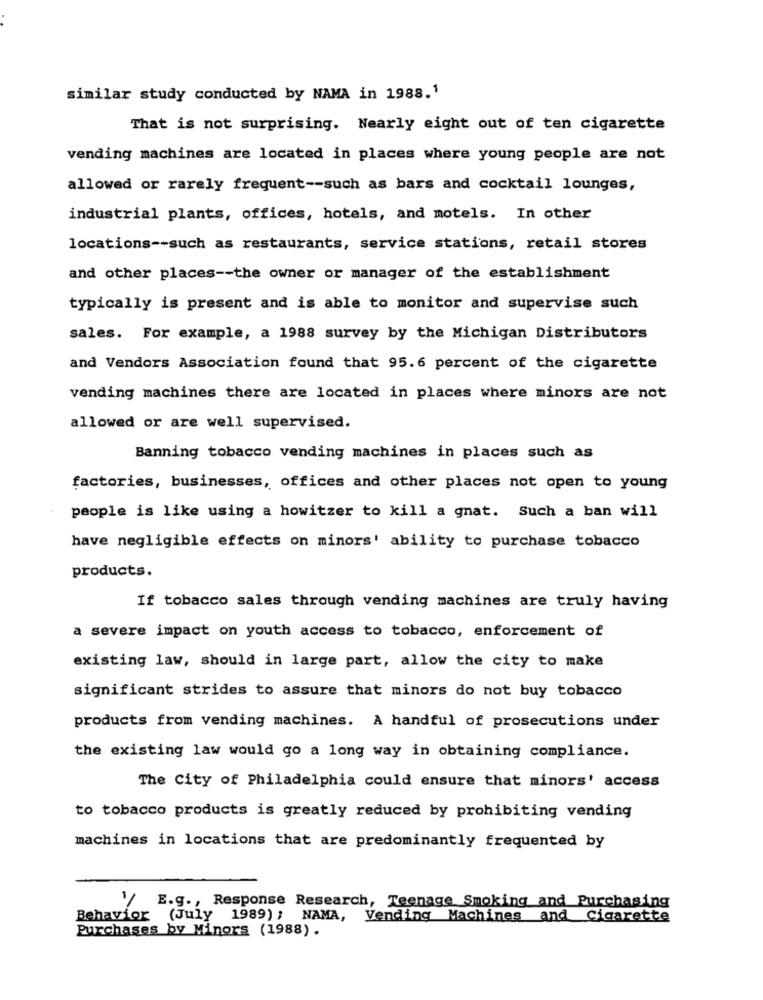
similar study conducted by NAMA in 1988.1
That is not surprising. Nearly eight out of ten cigarette
vending machines are located in places where young people are not
allowed or rarely frequent -- such as bars and cocktail lounges,
industrial plants, offices, hotels, and motels. In other
locations -- such as restaurants, service stations, retail stores
and other places -- the owner or manager of the establishment
typically is present and is able to monitor and supervise such
sales. For example, a 1988 survey by the Michigan Distributors
and Vendors Association found that 95.6 percent of the cigarette
vending machines there are located in places where minors are not
allowed or are well supervised.
Banning tobacco vending machines in places such as
factories, businesses, offices and other places not open to young
people is like using a howitzer to kill a gnat. Such a ban will
have negligible effects on minors' ability to purchase tobacco
products.
If tobacco sales through vending machines are truly having
a severe impact on youth access to tobacco, enforcement of
existing law, should in large part, allow the city to make
significant strides to assure that minors do not buy tobacco
products from vending machines. A handful of prosecutions under
the existing law would go a long way in obtaining compliance.
The City of Philadelphia could ensure that minors' access
to tobacco products is greatly reduced by prohibiting vending
machines in locations that are predominantly frequented by
E.g ., Response Research, Teenage Smoking and Purchasing
Behavior (July 1989); NAMA, Vending Machines and Cigarette
Purchases by Minors (1988).